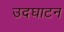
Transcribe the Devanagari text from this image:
उदघाटन